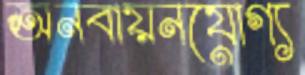
অনবায়নযোগ্য